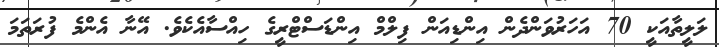
ލަލީތާއަކީ 70 އަހަރުވަންދެން އިންޑިއަން ފިލްމް އިންޑަސްޓްރީގެ ހިއްސާއެކެވެ. އޭނާ އެންމެ ފުރަތަމަ